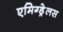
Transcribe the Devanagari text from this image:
एमिग्ड्रेलस